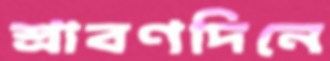
শ্রাবণদিনে